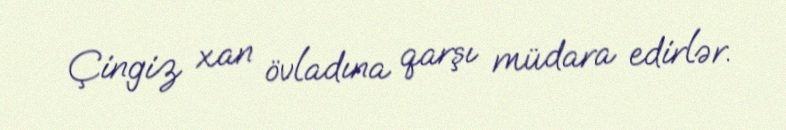
Çingiz xan övladına qarşı müdara edirlər.